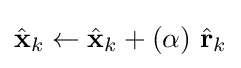
{\hat {\textbf {x}}}_{k}\leftarrow {\hat {\textbf {x}}}_{k}+(\alpha )\ {\hat {\textbf {r}}}_{k}